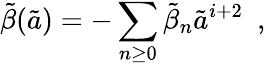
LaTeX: \tilde{\beta}(\tilde{a})=-\sum_{n\geq 0}\tilde{\beta}_{n}\tilde{a}^{i+2}~~,